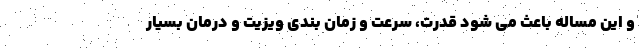
و این مساله باعث می شود قدرت، سرعت و زمان بندی ویزیت و درمان بسیار